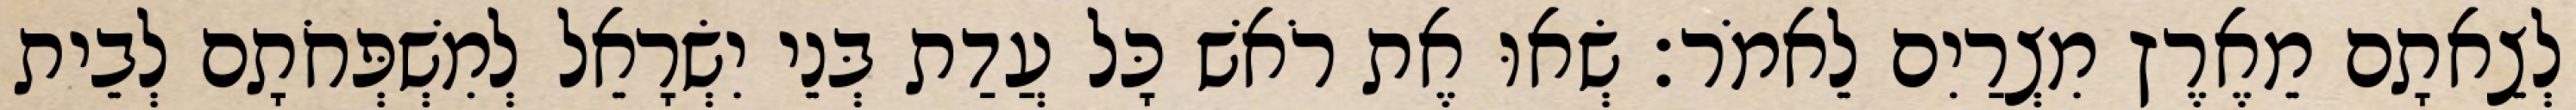
לְצֵאתָם מֵאֶרֶץ מִצְרַיִם לֵאמֹר׃ שְׂאוּ אֶת רֹאשׁ כָּל עֲדַת בְּנֵי יִשְׂרָאֵל לְמִשְׁפְּחֹתָם לְבֵית